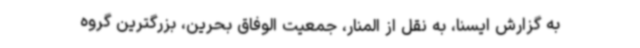
به گزارش ایسنا، به نقل از المنار، جمعیت الوفاق بحرین، بزرگترین گروه